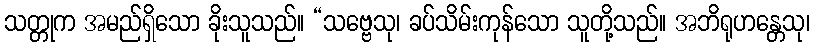
သတ္တုက အမည်ရှိသော ခိုးသူသည်။ “သဗ္ဗေသု၊ ခပ်သိမ်းကုန်သော သူတို့သည်။ အဘိရုဟန္တေသု၊